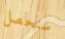
سنحصل